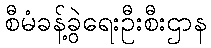
စီမံခန့်ခွဲရေးဦးစီးဌာန